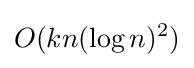
O(kn(\log n)^{2})